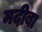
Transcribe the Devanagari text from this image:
मदीबा